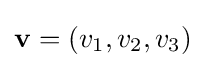
\mathbf {v} =\left(v_{1},v_{2},v_{3}\right)